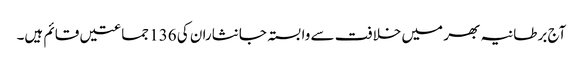
آج برطانیہ بھر میں خلافت سے وابستہ جانثاران کی 136 جماعتیں قائم ہیں۔